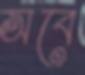
অবে